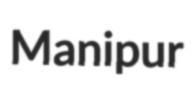
Manipur